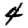
Digit: 4